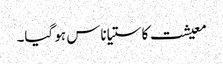
معیشت کا ستیاناس ہو گیا۔